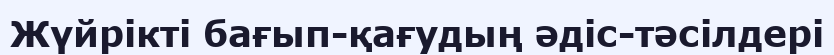
Жүйрікті бағып-қағудың әдіс-тәсілдері